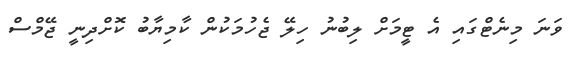
ވަނަ މިނެޓްގައި އެ ޓީމަށް ލިބުނު ހިލޭ ޖެހުމަކުން ކާމިޔާބު ކޮށްދިނީ ޖޭމްސް